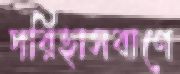
পরিহাসবাণে